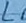
Text: L